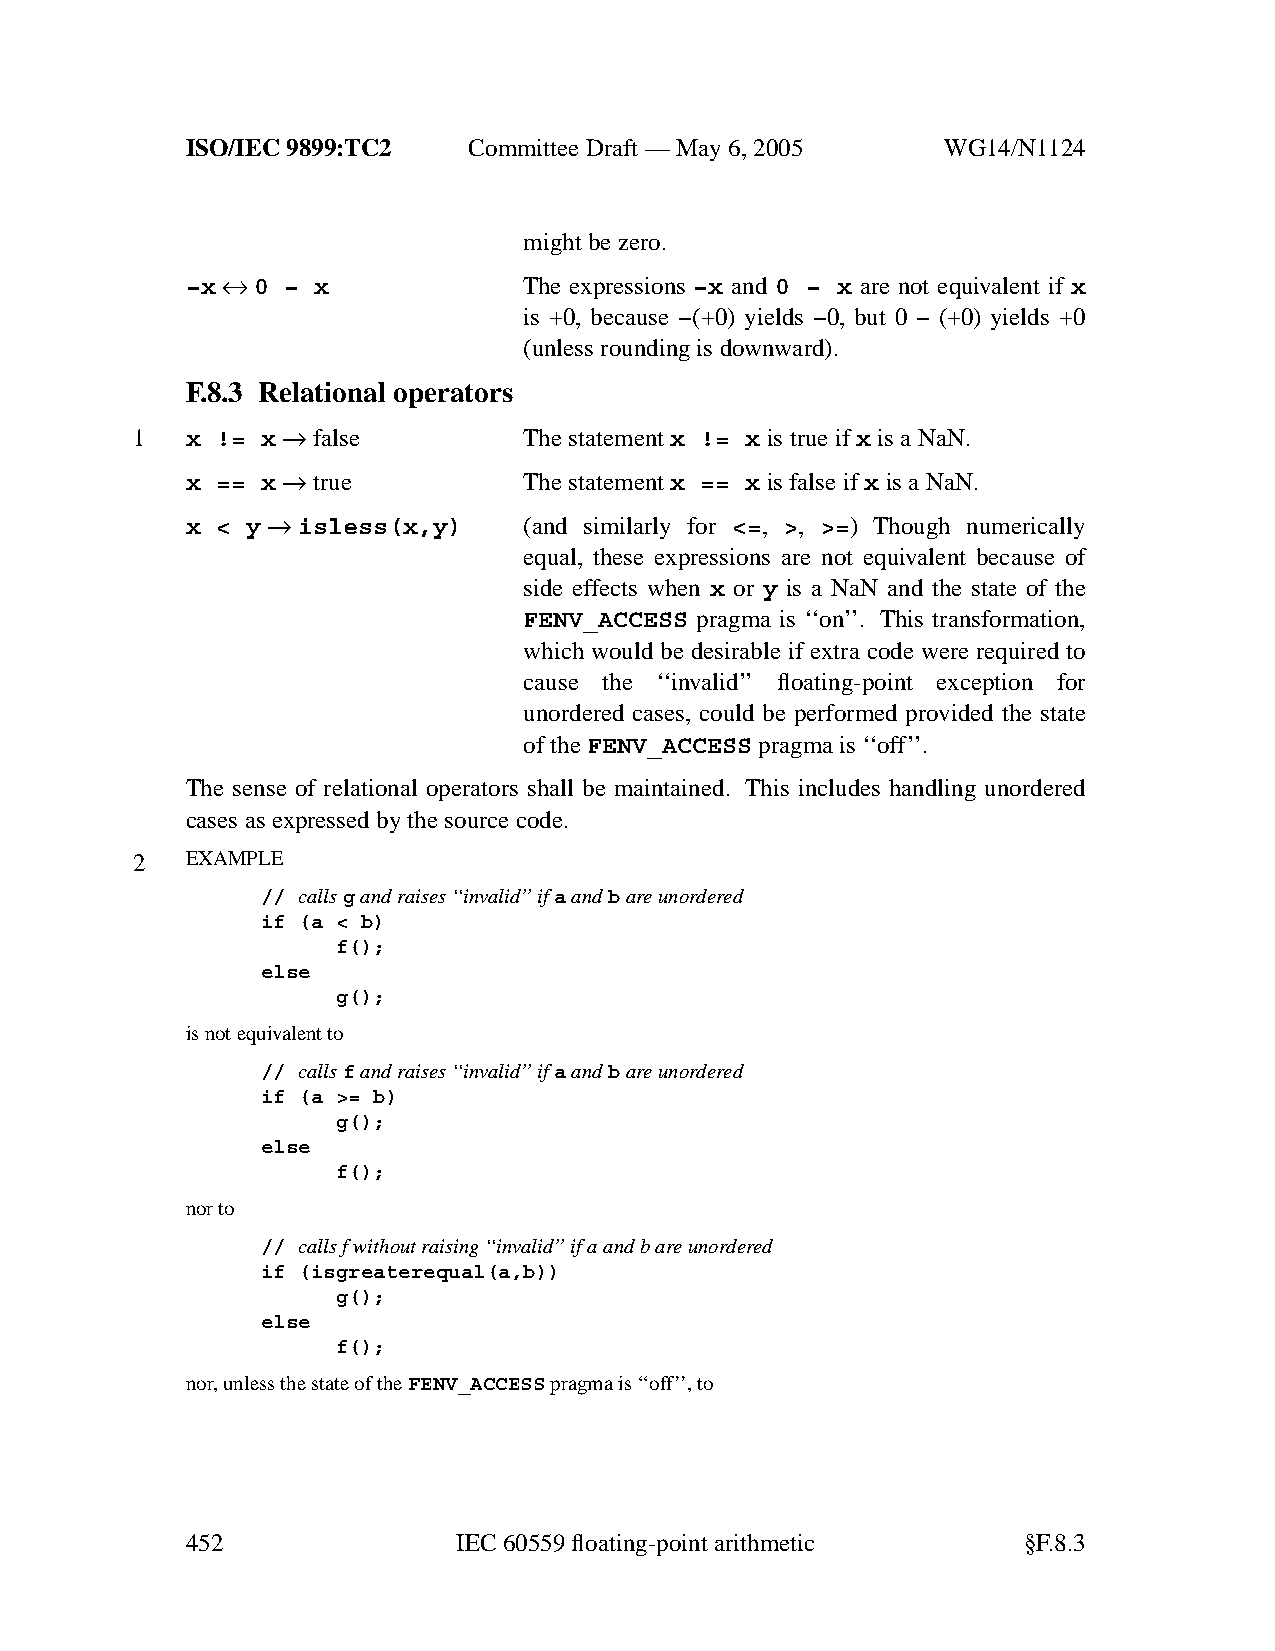
ISO/IEC 9899:TC2   Committee Draft — May 6, 2005   WG14/N1124
 might be zero.
 −x ↔ 0 − x             The expressions −x and 0 − x are not equivalent if x
 is +0, because −(+0) yields −0, but 0 − (+0) yields +0
 (unless rounding is downward).
 F.8.3 Relational operators
 1  x != x → false         Thestatementx != x is true if x is a NaN.
 x == x → true          The statementx == x is false if x is a NaN.
 x < y → isless(x,y)    (and similarly for <=, >, >=) Though numerically
 equal, these expressions are not equivalent because of
 side effects when x or y is a NaN and the state of the
 FENV_ACCESS pragma is ‘‘on’’. This transformation,
 which would be desirable if extra code were required to
 cause the ‘‘invalid’’ floating-point exception for
 unordered cases, could be performed provided the state
 of theFENV_ACCESS pragma is ‘‘off’’.
 The sense of relational operators shall be maintained. This includes handling unordered
 cases as expressed by the source code.
 2  EXAMPLE
 // callsgand raises ‘‘invalid’’ifaandbareunordered
 if (a < b)
 f();
 else
 g();
 is not equivalent to
 // callsfand raises ‘‘invalid’’ifaandbareunordered
 if (a >= b)
 g();
 else
 f();
 nor to
 // calls f without raising ‘‘invalid’’ifaand b areunordered
 if (isgreaterequal(a,b))
 g();
 else
 f();
 nor,unless the state of theFENV_ACCESSpragma is ‘‘off’’, to
 452               IEC 60559 floating-point arithmetic   §F.8.3